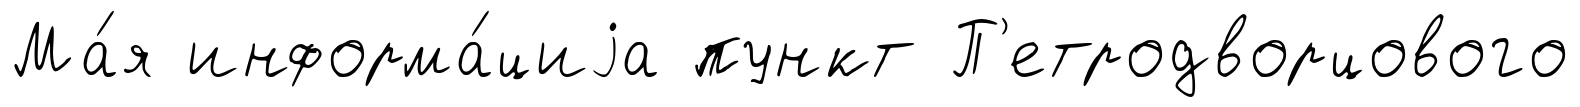
Ма́я информа́циjа пункт П'етродворцового